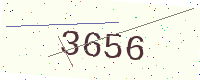
Text: 3656